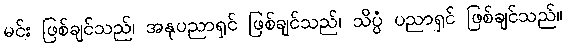
မင်း ဖြစ်ချင်သည်၊ အနုပညာရှင် ဖြစ်ချင်သည်၊ သိပ္ပံ ပညာရှင် ဖြစ်ချင်သည်။